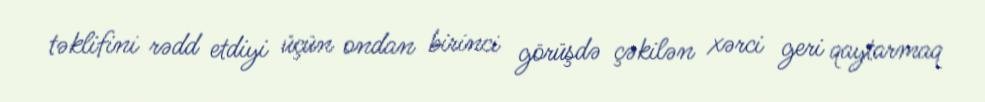
təklifini rədd etdiyi üçün ondan birinci görüşdə çəkilən xərci geri qaytarmaq